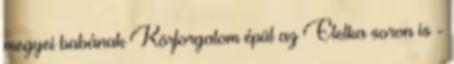
megyei babának Körforgalom épül az Etelka soron is -